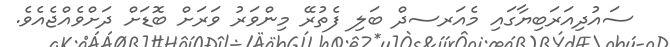
ސައުދިއަރަބިޔާގައި މެއަރސދް ބަލި ފެތުރޭ މިންވަރު ވަރަށް ބޮޑަށް ދަށްވެއްޖެއެވެ.